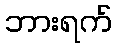
ဘားရက်